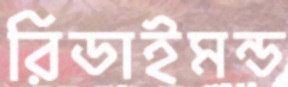
রিডাইমন্ড